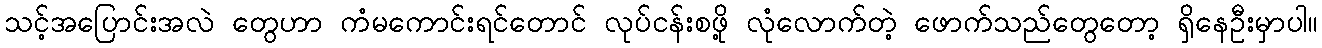
သင့်အပြောင်းအလဲ တွေဟာ ကံမကောင်းရင်တောင် လုပ်ငန်းစဖို့ လုံလောက်တဲ့ ဖောက်သည်တွေတော့ ရှိနေဦးမှာပါ။